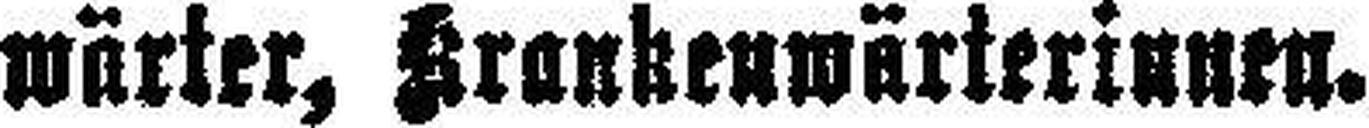
wärter, Krankenwärterinnen.